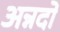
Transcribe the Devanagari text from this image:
अन्नदो